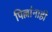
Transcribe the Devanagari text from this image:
पिल्लांनाही